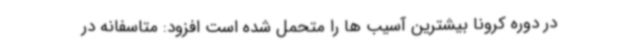
در دوره کرونا بیشترین آسیب ها را متحمل شده است افزود: متاسفانه در